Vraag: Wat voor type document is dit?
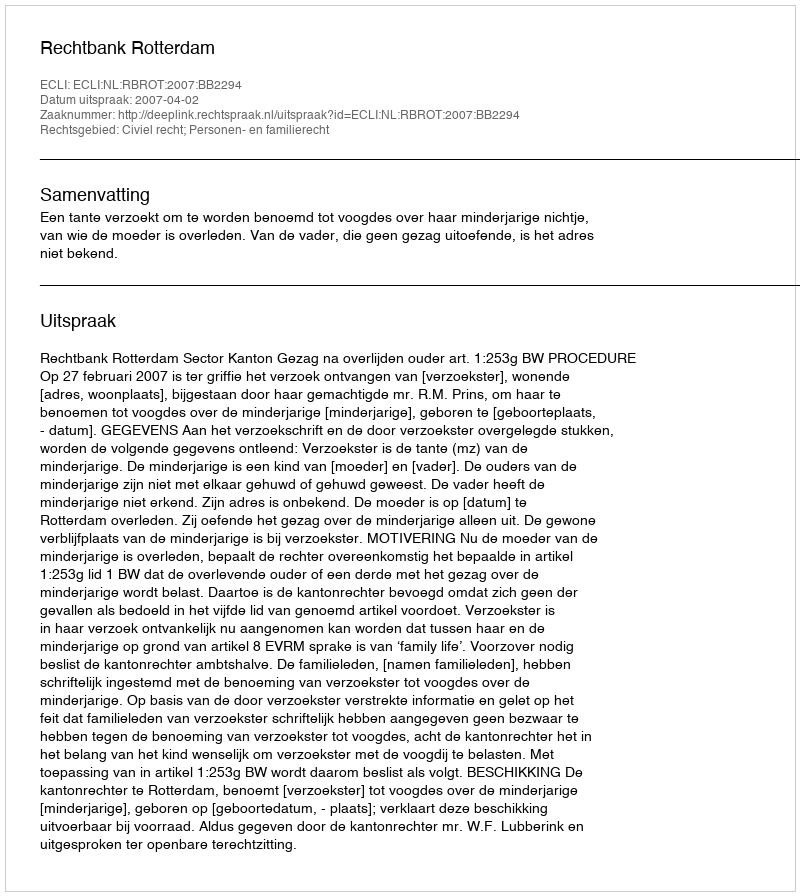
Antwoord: Uitspraak